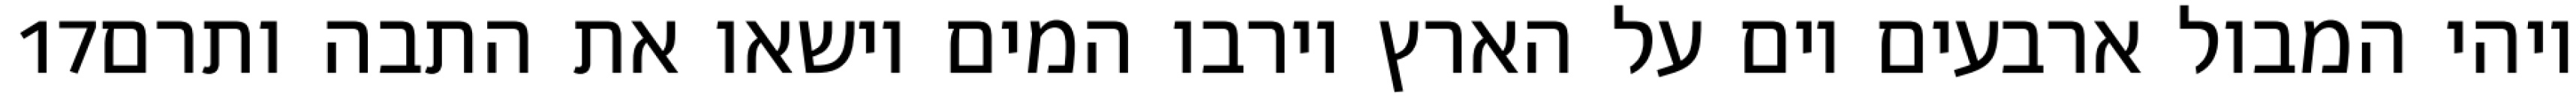
‎17‏ ויהי המבול ארבעים יום על הארץ וירבו המים וישאו את התבה ותרם